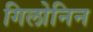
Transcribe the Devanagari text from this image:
गिलोनिन